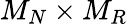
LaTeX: M_{N}\times M_{R}